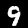
Label: 9